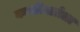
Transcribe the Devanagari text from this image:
काशीयात्रेला